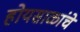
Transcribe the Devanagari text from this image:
होयसाळांचे